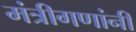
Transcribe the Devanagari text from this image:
मंत्रीगणांनी